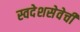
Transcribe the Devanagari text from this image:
स्वदेशसेवेची